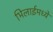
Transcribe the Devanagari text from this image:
भिलाईमध्ये